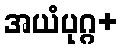
အယံပုဂ္ဂ+